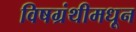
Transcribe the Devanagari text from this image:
विषग्रंथीमधून